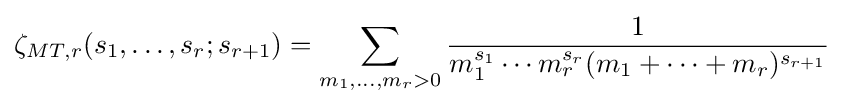
\zeta _{MT,r}(s_{1},\dots ,s_{r};s_{r+1})=\sum _{m_{1},\dots ,m_{r}>0}{\frac {1}{m_{1}^{s_{1}}\cdots m_{r}^{s_{r}}(m_{1}+\dots +m_{r})^{s_{r+1}}}}